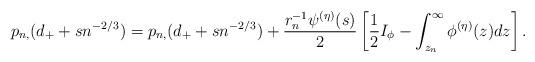
LaTeX: \begin{align*}p_{n,}(d_++sn^{-2/3})&=p_{n,}(d_++sn^{-2/3})+\frac{r_n^{-1}\psi^{(\eta)}(s)}2\left[\frac12 I_\phi-\int_{z_n}^\infty\phi^{(\eta)}(z)dz\right].\end{align*}